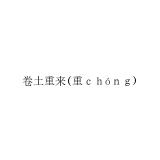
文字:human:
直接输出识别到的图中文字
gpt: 卷土重来(重ｃｈóｎｇ)